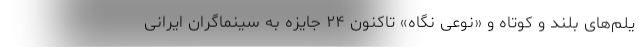
یلم‌های بلند و کوتاه و «نوعی نگاه» تاکنون ۲۴ جایزه به سینماگران ایرانی